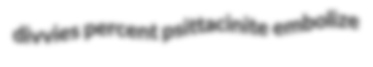
divvies percent psittacinite embolize